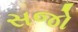
સજો